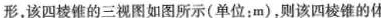
形，该四棱锥的三视图如图所示(单位：m)，则该四棱锥的体